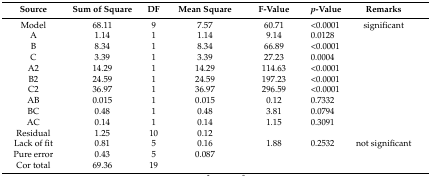
<table><thead><tr><td><b>Source</b></td><td><b>Sum of Square</b></td><td><b>DF</b></td><td><b>Mean Square</b></td><td><b>F-Value</b></td><td><b><i>p</i>-Value</b></td><td><b>Remarks</b></td></tr></thead><tbody><tr><td>Model</td><td>68.11</td><td>9</td><td>7.57</td><td>60.71</td><td>&lt;0.0001</td><td>significant</td></tr><tr><td>A</td><td>1.14</td><td>1</td><td>1.14</td><td>9.14</td><td>0.0128</td><td></td></tr><tr><td>B</td><td>8.34</td><td>1</td><td>8.34</td><td>66.89</td><td>&lt;0.0001</td><td></td></tr><tr><td>C</td><td>3.39</td><td>1</td><td>3.39</td><td>27.23</td><td>0.0004</td><td></td></tr><tr><td>A2</td><td>14.29</td><td>1</td><td>14.29</td><td>114.63</td><td>&lt;0.0001</td><td></td></tr><tr><td>B2</td><td>24.59</td><td>1</td><td>24.59</td><td>197.23</td><td>&lt;0.0001</td><td></td></tr><tr><td>C2</td><td>36.97</td><td>1</td><td>36.97</td><td>296.59</td><td>&lt;0.0001</td><td></td></tr><tr><td>AB</td><td>0.015</td><td>1</td><td>0.015</td><td>0.12</td><td>0.7332</td><td></td></tr><tr><td>BC</td><td>0.48</td><td>1</td><td>0.48</td><td>3.81</td><td>0.0794</td><td></td></tr><tr><td>AC</td><td>0.14</td><td>1</td><td>0.14</td><td>1.15</td><td>0.3091</td><td></td></tr><tr><td>Residual</td><td>1.25</td><td>10</td><td>0.12</td><td></td><td></td><td></td></tr><tr><td>Lack of fit</td><td>0.81</td><td>5</td><td>0.16</td><td>1.88</td><td>0.2532</td><td>not significant</td></tr><tr><td>Pure error</td><td>0.43</td><td>5</td><td>0.087</td><td></td><td></td><td></td></tr><tr><td>Cor total</td><td>69.36</td><td>19</td><td></td><td></td><td></td><td></td></tr></tbody></table>